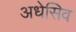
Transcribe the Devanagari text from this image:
अधेसिव